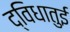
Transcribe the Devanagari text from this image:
द्विधातुई